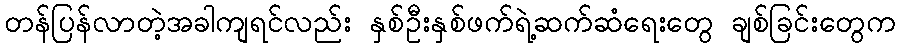
တန်ပြန်လာတဲ့အခါကျရင်လည်း နှစ်ဦးနှစ်ဖက်ရဲ့ဆက်ဆံရေးတွေ ချစ်ခြင်းတွေက